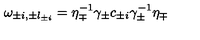
\omega _ { \pm i , \pm l _ { \pm i } } = \eta _ { \mp } ^ { - 1 } \gamma _ { \pm } c _ { \pm i } \gamma _ { \pm } ^ { - 1 } \eta _ { \mp }